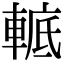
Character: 𨌮